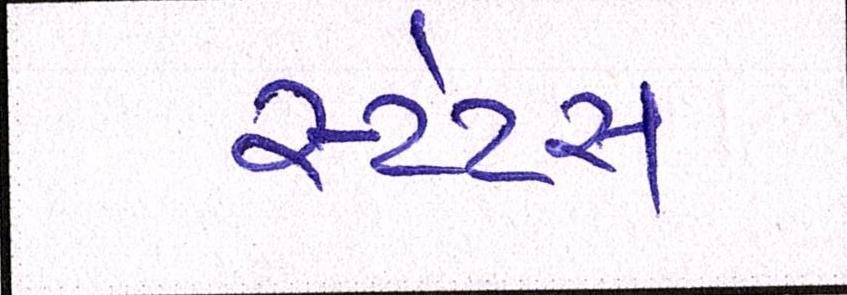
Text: સ્ટેટસ